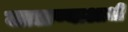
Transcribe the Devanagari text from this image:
जाळण्याआधी